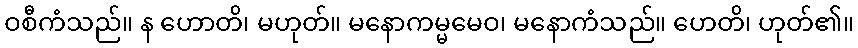
ဝစီကံသည်။ န ဟောတိ၊ မဟုတ်။ မနောကမ္မမေဝ၊ မနောကံသည်။ ဟေတိ၊ ဟုတ်၏။